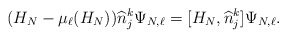
\begin{align*} (H_N - \mu_\ell(H_N) ) \widehat n_j^k \Psi_{N,\ell} = [H_N, \widehat n_j^k]\Psi_{N,\ell}.\end{align*}